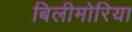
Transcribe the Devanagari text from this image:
बिलीमोरिया